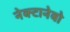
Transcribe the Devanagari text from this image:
नेक्टानेबो